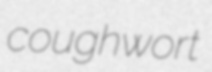
coughwort